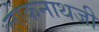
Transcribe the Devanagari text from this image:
लोकनाथजी